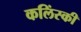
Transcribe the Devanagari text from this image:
कलिंस्की